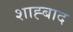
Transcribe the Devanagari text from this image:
शाह्बाद